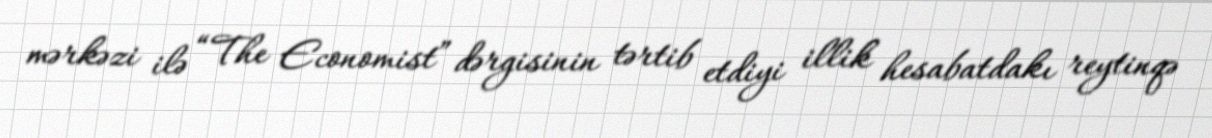
mərkəzi ilə “The Economist” dərgisinin tərtib etdiyi illik hesabatdakı reytinqə